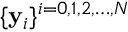
\{ \mathbf { y } _ { i } \} ^ { i = 0 , 1 , 2 , \ldots , N }